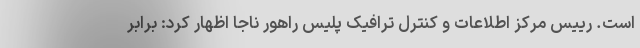
است. رییس مرکز اطلاعات و کنترل ترافیک پلیس راهور ناجا اظهار کرد: برابر